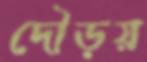
দৌড়য়